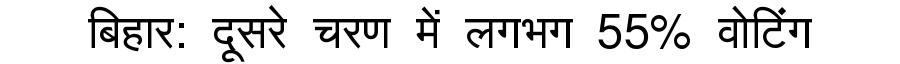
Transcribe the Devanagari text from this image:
बिहार: दूसरे चरण में लगभग 55% वोटिंग